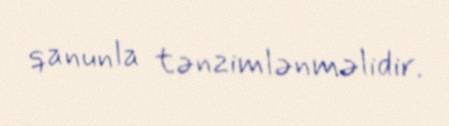
qanunla tənzimlənməlidir.